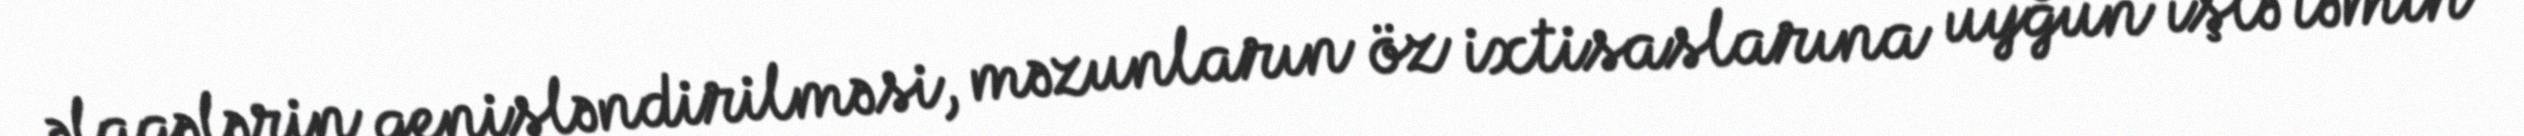
əlaqələrin genişləndirilməsi, məzunların öz ixtisaslarına uyğun işlə təmin